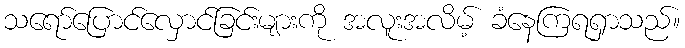
သရော်ပြောင်လှောင်ခြင်းများကို အလူးအလိမ့် ခံနေကြရရှာသည်။